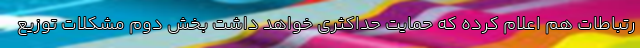
رتباطات هم اعلام کرده که حمایت حداکثری خواهد داشت بخش دوم مشکلات توزیع